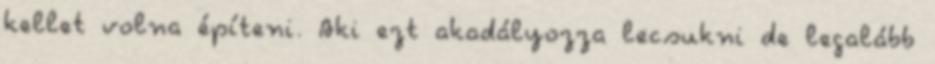
kellet volna építeni. Aki ezt akadályozza lecsukni de legalább